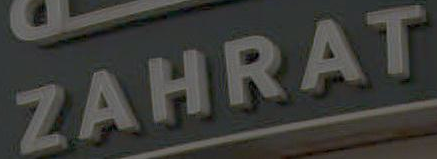
ZAHRAT